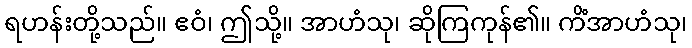
ရဟန်းတို့သည်။ ဧဝံ၊ ဤသို့။ အာဟံသု၊ ဆိုကြကုန်၏။ ကိံအာဟံသု၊